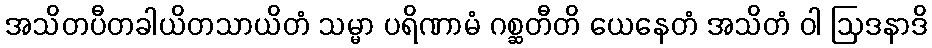
အသိတပီတခါယိတသာယိတံ သမ္မာ ပရိဏာမံ ဂစ္ဆတီတိ ယေနေတံ အသိတံ ဝါ ဩဒနာဒိ